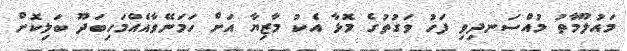
މައުލޫމާތު މުއްސަނދިވި ފަހު ވަގުތުގެ މޮޅާ އެކު މާޒިޔާ އަށް ހަމަނޭވާއެއްމަހިބަދޫ ބަލިކޮށް